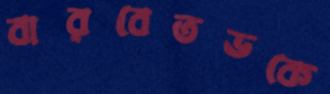
বারবেতভকে